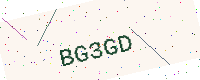
Text: BG3GD